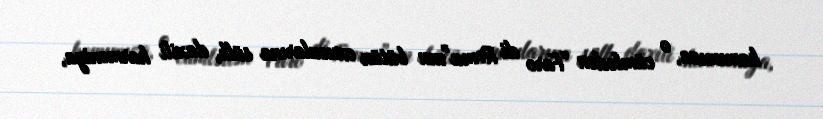
hamımıza, o cümlədən “Faro di Roma”nın bütün oxucularına sülh, daxili harmoniya,